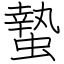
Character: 蟄